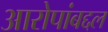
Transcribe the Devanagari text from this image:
आरोपांबद्दल